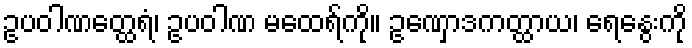
ဥပဝါဏတ္ထေရံ၊ ဥပဝါဏ မထေရ်ကို။ ဥဏှောဒကတ္ထာယ၊ ရေနွေးကို